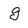
Character: g